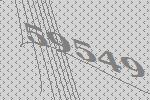
59549